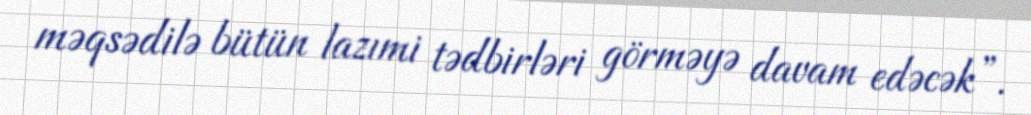
məqsədilə bütün lazımi tədbirləri görməyə davam edəcək”.